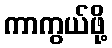
ကာကွယ်ဖို့